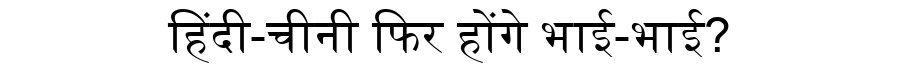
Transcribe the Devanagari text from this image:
हिंदी-चीनी फिर होंगे भाई-भाई?